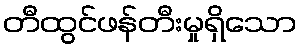
တီထွင်ဖန်တီးမှုရှိသော